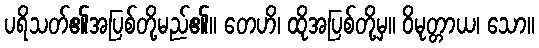
ပရိသတ်၏အပြစ်တို့မည်၏။ တေဟိ၊ ထိုအပြစ်တို့မှ။ ဝိမုတ္တာယ၊ သော။